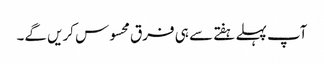
آپ پہلے ہفتے سے ہی فرق محسوس کریں گے۔